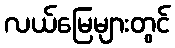
လယ်မြေများတွင်